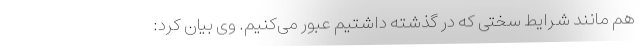
هم مانند شرایط سختی که در گذشته داشتیم عبور می‌کنیم. وی بیان کرد: